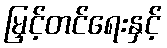
မြှင့်တင်ရေးနှင့်